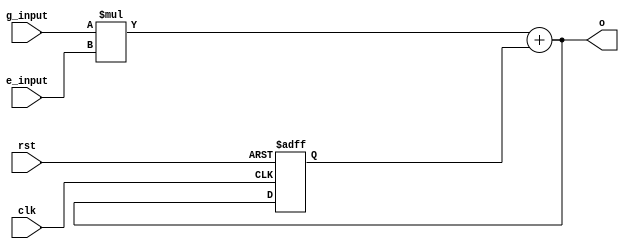
`timescale 1ns / 1ps
// synopsys template
module matrix_mult_N_M_3
#(
	parameter N=3,
	parameter M=32
)
(
	clk,
	rst,
	g_input,
	e_input,
	o
);
	input clk,rst;
	input[M-1:0] g_input;
	input[M-1:0] e_input;
	output[M-1:0] o;

	wire [2*M-1:0] xy;
	reg [M-1:0] o_reg;

	assign xy = g_input*e_input;
	assign o = xy[M-1:0] + o_reg;

	always@(posedge clk or posedge rst)
	begin
		if(rst)
		begin
			o_reg <= 'b0;
		end
		else
		begin
			o_reg <= o;
		end
	end
endmodule